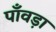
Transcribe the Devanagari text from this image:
पाँवड़ा